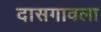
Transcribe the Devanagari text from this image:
दासगावला